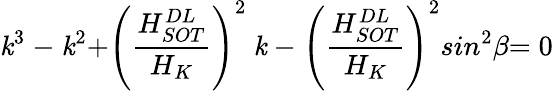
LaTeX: \mathit{k}^{{3}}\ {-\ }\mathit{k}^{{2}}{+}{\left(\frac{{H_{SOT}^{DL}}}{{H_{K}}}\right)}^{2}{\ }\mathit{k}\ {-\ }{\left(\frac{{H_{SOT}^{DL}}}{{H_{K}}}\right)}^{2}{{sin}}^{{2}}\beta{=0}